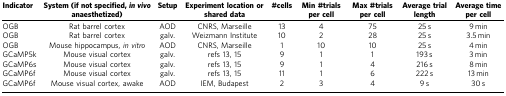
| Indicator | System (if not specified,in vivoanaesthetized) | Setup | Experiment location or shared data | #cells | Min #trials per cell | Max #trials per cell | Average trial length | Average time per cell |
 | --- | --- | --- | --- | --- | --- | --- | --- | --- |
 | OGB | Rat barrel cortex | AOD | CNRS, Marseille | 13 | 4 | 75 | 25 s | 9 min |
 | OGB | Rat barrel cortex | galv. | Weizmann Institute | 10 | 2 | 28 | 25 s | 3.5 min |
 | OGB | Mouse hippocampus, in vitro | AOD | CNRS, Marseille | 1 | 10 | 10 | 25 s | 4 min |
 | GCaMP5k | Mouse visual cortex | galv. | refs 1315 | 9 | 1 | 1 | 193 s | 3 min |
 | GCaMP6s | Mouse visual cortex | galv. | refs 1315 | 9 | 1 | 4 | 216 s | 8 min |
 | GCaMP6f | Mouse visual cortex | galv. | refs 1315 | 11 | 1 | 6 | 222 s | 13 min |
 | GCaMP6f | Mouse visual cortex, awake | AOD | IEM, Budapest | 2 | 3 | 4 | 9 s | 30 s |